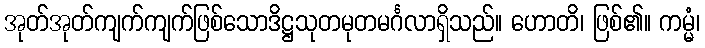
အုတ်အုတ်ကျက်ကျက်ဖြစ်သောဒိဋ္ဌသုတမုတမင်္ဂလာရှိသည်။ ဟောတိ၊ ဖြစ်၏။ ကမ္မံ၊